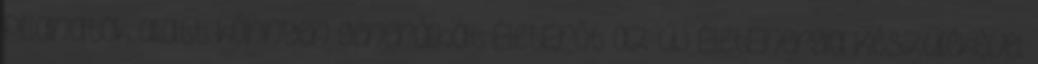
pillanatok alatt könnyen generálhat ÉletErőt az új ÉletEnergia Készülékével